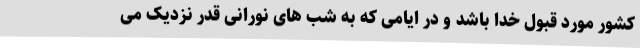
کشور مورد قبول خدا باشد و در ایامی که به شب های نورانی قدر نزدیک می